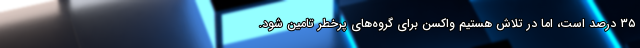
۳۵ درصد است، اما در تلاش هستیم واکسن برای گروه‌های پرخطر تامین شود.